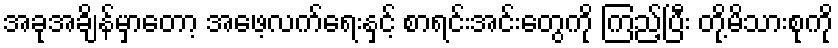
အခုအချိန်မှာတော့ အဖေ့လက်ရေးနှင့် စာရင်းအင်းတွေကို ကြည့်ပြီး တို့မိသားစုကို